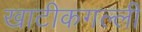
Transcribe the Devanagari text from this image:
खाटीकगल्ली